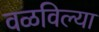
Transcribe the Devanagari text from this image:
वळविल्या